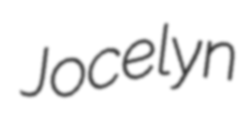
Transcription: Jocelyn